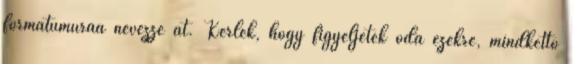
formátumúraa nevezze át. Kérlek, hogy figyeljetek oda ezekre, mindkettő